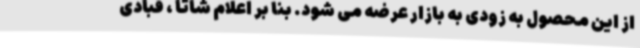
از این محصول به زودی به بازار عرضه می شود. بنا بر اعلام شاتا ، قبادی